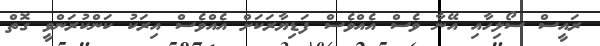
ރައީސް ސޯލިހާއި އޭނާ ވެސް އެއްވެސް ފަޑިޔާރަކަށް އެއްވެސް އިރަކު ކަންކުރަންވީ ގޮތް